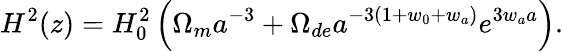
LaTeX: H^{2}(z)=H_{0}^{2}\left(\Omega_{m}a^{-3}+\Omega_{de}a^{-3\left(1+w_{0}+w_{a}\right)}e^{3w_{a}a}\right).